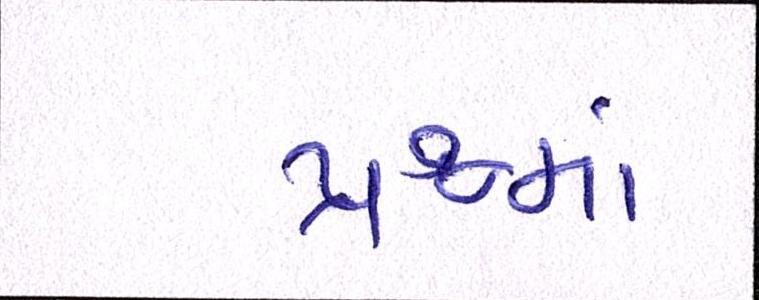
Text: પ્રશ્નમાં